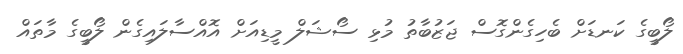
ލޯބީގެ ކަނޑަށް ބެހިގެންގޮސް ޖަޒުބާތު މުޅި ސޯޝަލް މީޑިއަށް އޮއްސާލައިގެން ލޯބީގެ މާތައް